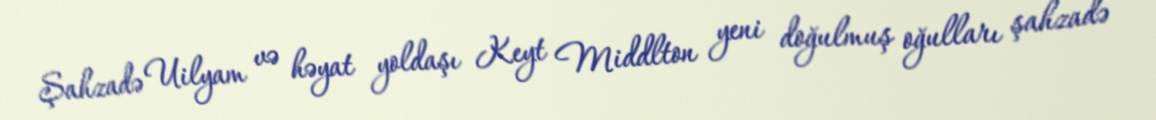
Şahzadə Uilyam və həyat yoldaşı Keyt Middlton yeni doğulmuş oğulları şahzadə